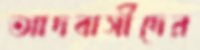
আদবাসীদের